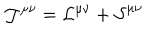
\mathcal { J ^ { \mu \nu } = L ^ { \mu \nu } + S } ^ { \mu \nu }